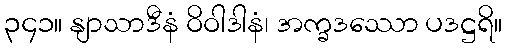
၃၄၁။ နျာသာဒီနံ ဝိဝါဒါနံ၊ အက္ခဒဿော ပဒဋ္ဌရိ။